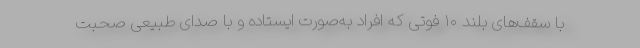
با سقف‌های بلند ۱۰ فوتی که افراد به‌صورت ایستاده و با صدای طبیعی صحبت